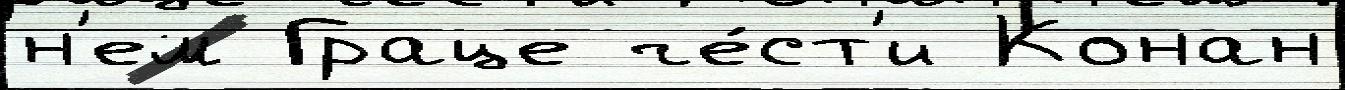
н'ем Граце че́ст'и Конан